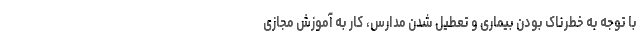
با توجه به خطرناک بودن بیماری و تعطیل شدن مدارس، کار به آموزش مجازی